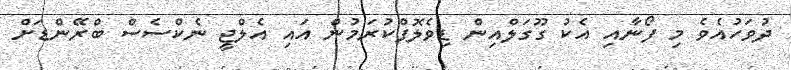
ދުވަހުއެވެ މި ފޯނާއި އެކު ގޫގަލްއިން ޑިވެލޮޕްކުރަމުން އައި އެލްޖީ ނެކްސެސް ބްރޭންޑަށް